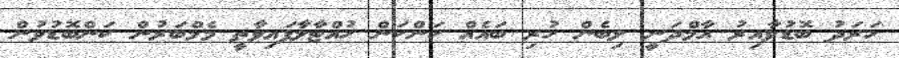
ހަރަދު ބޮޑުވާއިރު އާމްދަނީ ލިބެން ހުރި ބައެއް ކަންކަން ހުއްޓާލާފައިވާތީ މެމްބަރުން ކަންބޮޑުވުން